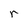
Character: r